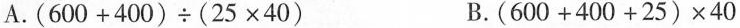
A.$$( 6 0 0 + 4 0 0 ) \div ( 2 5 \times 4 0 )$$ B.$$( 6 0 0 + 4 0 0 + 2 5 ) \times 4 0$$